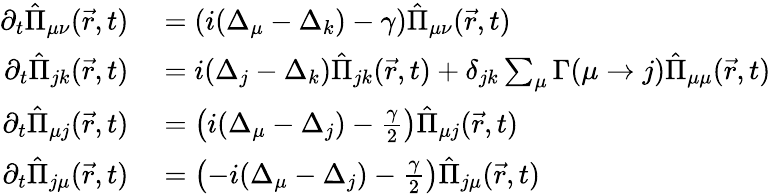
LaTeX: \begin{array}{rl}{\partial_{t}\hat{\Pi}_{\mu\nu}(\vec{r},t)}&{{}=\left(i(\Delta_{\mu}-\Delta_{k})-\gamma\right)\hat{\Pi}_{\mu\nu}(\vec{r},t)}\\ {\partial_{t}\hat{\Pi}_{jk}(\vec{r},t)}&{{}=i(\Delta_{j}-\Delta_{k})\hat{\Pi}_{jk}(\vec{r},t)+\delta_{jk}\sum_{\mu}\Gamma(\mu\to j)\hat{\Pi}_{\mu\mu}(\vec{r},t)}\\ {\partial_{t}\hat{\Pi}_{\mu j}(\vec{r},t)}&{{}=\left(i(\Delta_{\mu}-\Delta_{j})-\frac{\gamma}{2}\right)\hat{\Pi}_{\mu j}(\vec{r},t)}\\ {\partial_{t}\hat{\Pi}_{j\mu}(\vec{r},t)}&{{}=\left(-i(\Delta_{\mu}-\Delta_{j})-\frac{\gamma}{2}\right)\hat{\Pi}_{j\mu}(\vec{r},t)}\end{array}